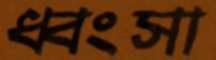
ধ্বংসা